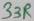
Text: 33R